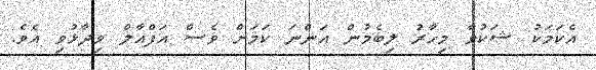
އެކަމަކު ޝަކުވާ މިހާރު ލިބެމުން އަންނަ ކަމަށް ވެސް އަފްއާލް ވިދާޅުވި އެވެ.